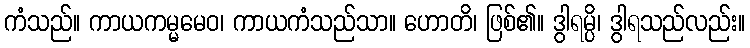
ကံသည်။ ကာယကမ္မမေဝ၊ ကာယကံသည်သာ။ ဟောတိ၊ ဖြစ်၏။ ဒွါရမ္ပိ၊ ဒွါရသည်လည်း။